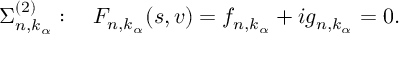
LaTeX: \Sigma _ { n , k _ { \alpha } } ^ { ( 2 ) } : \quad F _ { n , k _ { \alpha } } ( s , v ) = f _ { n , k _ { \alpha } } + i g _ { n , k _ { \alpha } } = 0 .